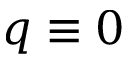
q \equiv 0